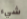
شيء